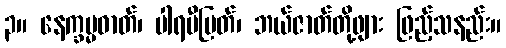
၃။ နေက္ခမ္မဓာတ်၊ ပါရမီမြတ်၊ ဘယ်ဇာတ်တို့ဖျား ဖြည့်သနည်း။